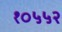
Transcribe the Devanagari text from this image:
१०५५२